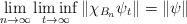
LaTeX: \begin{align*} \lim\limits_{n\rightarrow\infty}\liminf_{t\rightarrow\infty} \|\chi_{B_n}\psi_t\|=\|\psi\|\end{align*}